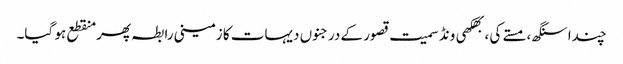
چندا سنگھ، مستے کی ، بھکھی ونڈ سمیت قصور کے درجنوں دیہات کا زمینی رابطہ پھر منقطع ہو گیا۔